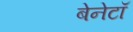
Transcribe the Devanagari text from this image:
बेनेटॉ